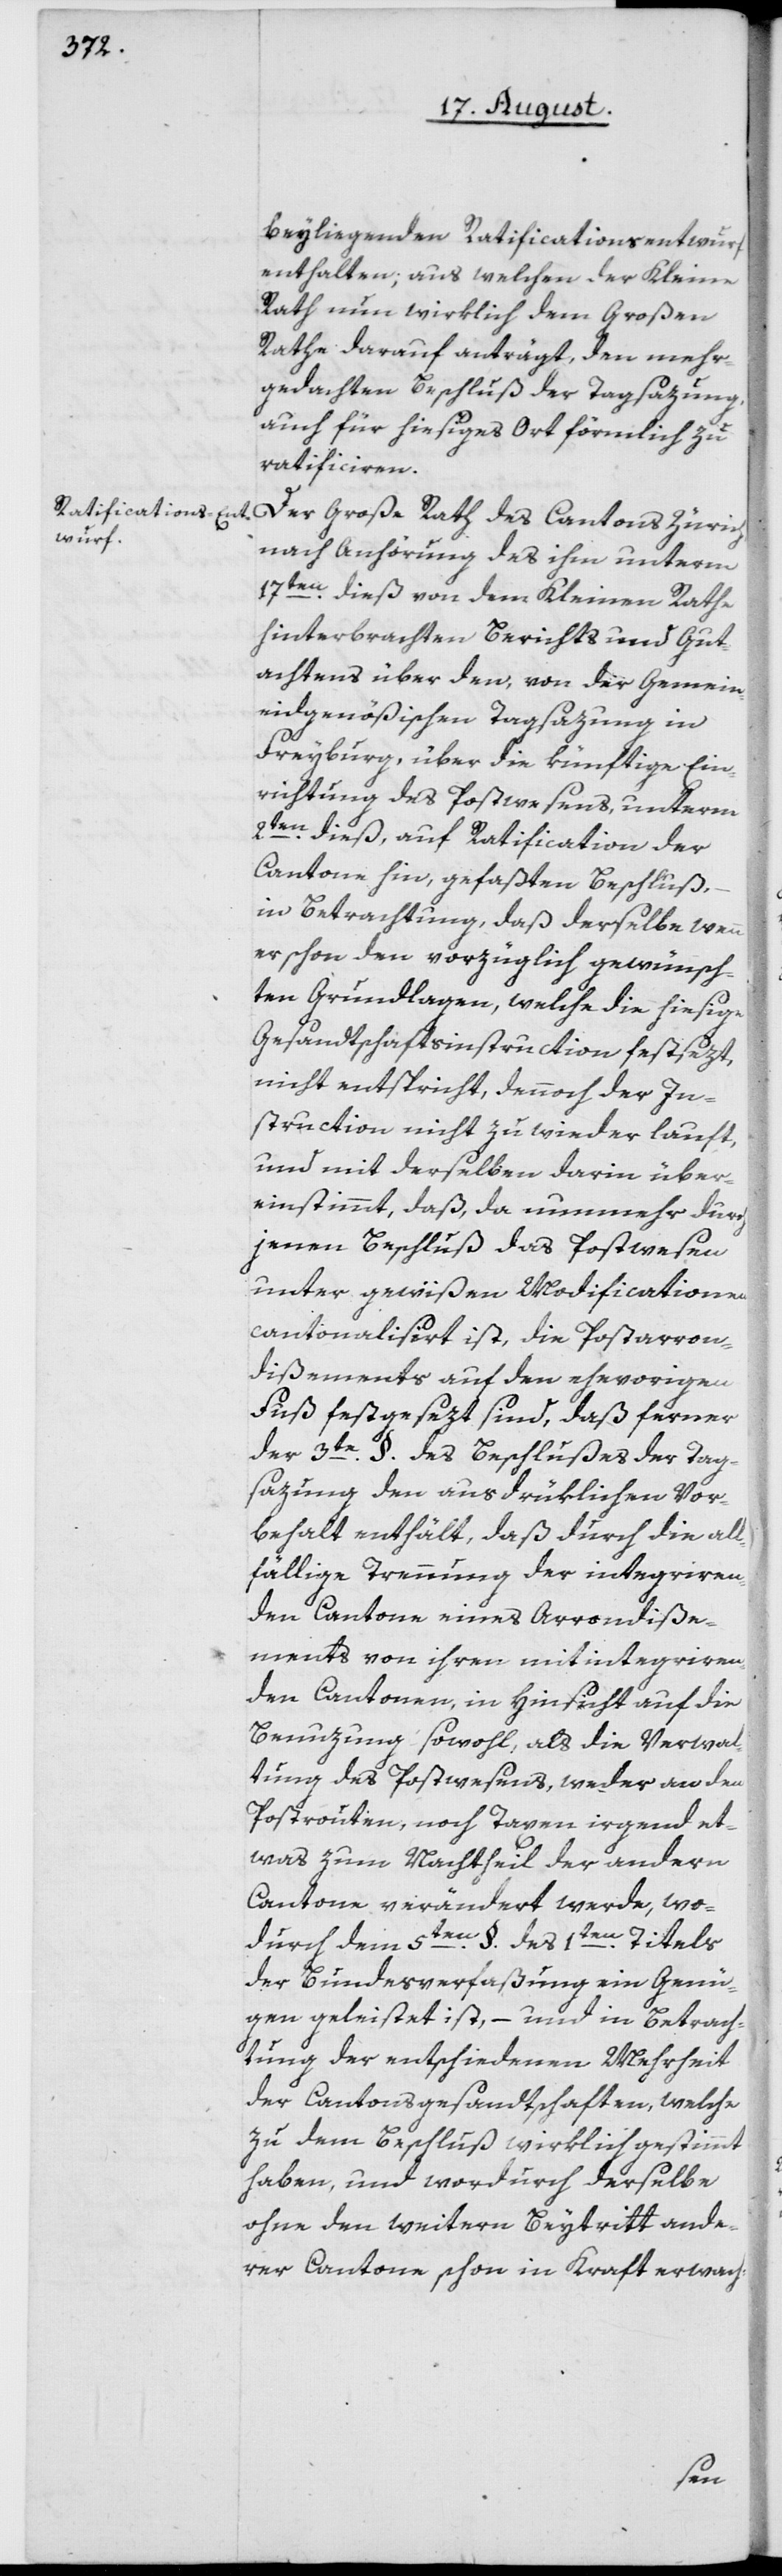
beyliegenden Ratficationsentwurf
enthalten; aus welchen der Kleine
Rath nun wirklich dem Großen
Rathe darauf anträgt, den mehr¬
gedachten Beschluß der Tagsazung,
auch für hiesiges Ort förmlich zu
ratificiren.
Der Große Rath des Cantons Zürich,
nach Anhörung des ihm unterm
17ten dieß von dem Kleinen Rathe
hinterbrachten Berichts und Gut¬
achtens über den, von der Gemein¬
eidgenößischen Tagsazung in
Freyburg, über die künftige Ein¬
richtung des Postwesens, unterm
2ten dieß, auf Ratification der
Cantone hin, gefaßten Beschluß,
in Betrachtung, daß derselbe wenn
er schon den vorzüglich gewünsch¬
ten Grundlagen, welche die hiesige
Gesandtschaftsinstruction festsezt,
nicht entspricht, dennoch der In¬
struction nicht zu wieder lauft,
und mit derselben darin über¬
einstimmt, daß, da nunmehr durch
jenen Beschluß das Postwesen
unter gewißen Modificationen
cantonalisirt ist, die Postarron¬
dißements auf den ehevorigen
Fuß festgesezt sind, daß ferner
der 3te §. des Beschlußes der Tag¬
sazung den ausdrüklichen Vor¬
behalt enthält, daß durch die all¬
fällige Trennung der integriren¬
den Cantone eines Arrondiße¬
ments von ihren mit integriren¬
den Cantonen, in Hinsicht auf die
Benuzung sowohl, als die Verwal¬
tung des Postwesens, weder an den
Postrouten, noch Taxen irgend et¬
was zum Nachtheil der andern
Cantone verändert werde, wo¬
durch dem 5ten §. des 1ten Titels
der Bundesverfaßung ein Genü¬
gen geleistet ist, – und in Betrach¬
tung der entschiedenen Mehrheit
der Cantonsgesandtschaften, welche
zu dem Beschluß wirklich gestimmt
haben, und wordurch derselbe
ohne den weitern Beytritt ande¬
rer Cantone schon in Kraft erwach-